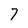
Character: 7